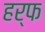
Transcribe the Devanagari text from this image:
हर्फ